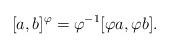
LaTeX: \begin{align*}[a,b]^{\varphi}=\varphi^{-1}[\varphi a, \varphi b].\end{align*}